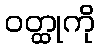
ဝတ္ထုကို